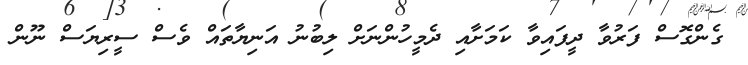
ގެންގޮސް ފަރުވާ ދީފައިވާ ކަމަށާއި ދެމީހުންނަށް ލިބުނު އަނިޔާތައް ވެސް ސީރިޔަސް ނޫން